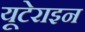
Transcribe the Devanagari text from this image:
यूटेराइन